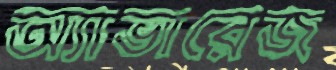
অ্যাভারেজ